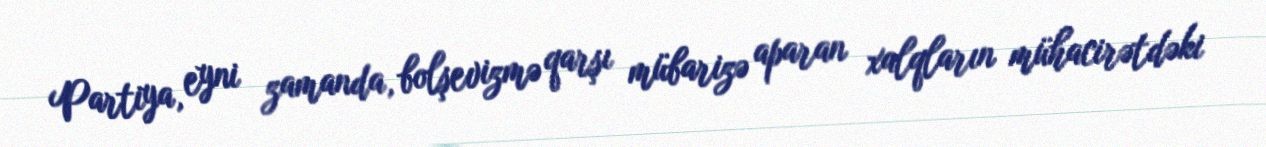
Partiya, eyni zamanda, bolşevizmə qarşı mübarizə aparan xalqların mühacirətdəki